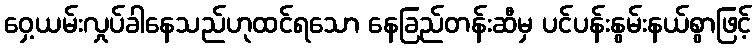
ဝှေ့ယမ်းလှုပ်ခါနေသည်ဟုထင်ရသော နေခြည်တန်းဆီမှ ပင်ပန်းနွမ်းနယ်စွာဖြင့်